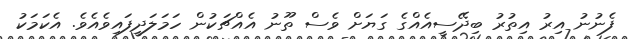
ފެނުނު އިރު އިތުރު ބިދޭސީއެއްގެ ގަޔަށް ވެސް ތޫނު އެއްޗަކުން ހަމަލަދީފައިވެއެވެ. އެކަމަކު